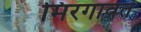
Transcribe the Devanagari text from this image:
मिरगावत